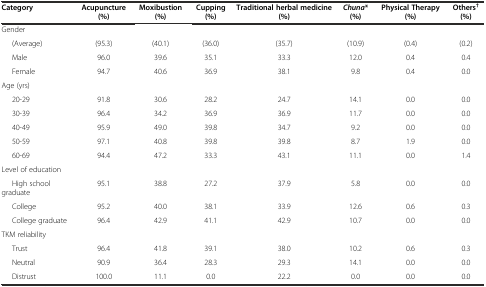
<table><thead><tr><td><b>Category</b></td><td><b>Acupuncture (%)</b></td><td><b>Moxibustion (%)</b></td><td><b>Cupping (%)</b></td><td><b>Traditional herbal medicine (%)</b></td><td><b><i>Chuna</i>* (%)</b></td><td><b>Physical Therapy (%)</b></td><td><b>Others<sup>†</sup> (%)</b></td></tr></thead><tbody><tr><td>Gender</td><td></td><td></td><td></td><td></td><td></td><td></td><td></td></tr><tr><td>(Average)</td><td>(95.3)</td><td>(40.1)</td><td>(36.0)</td><td>(35.7)</td><td>(10.9)</td><td>(0.4)</td><td>(0.2)</td></tr><tr><td>Male</td><td>96.0</td><td>39.6</td><td>35.1</td><td>33.3</td><td>12.0</td><td>0.4</td><td>0.4</td></tr><tr><td>Female</td><td>94.7</td><td>40.6</td><td>36.9</td><td>38.1</td><td>9.8</td><td>0.4</td><td>0.0</td></tr><tr><td>Age (yrs)</td><td></td><td></td><td></td><td></td><td></td><td></td><td></td></tr><tr><td>20-29</td><td>91.8</td><td>30.6</td><td>28.2</td><td>24.7</td><td>14.1</td><td>0.0</td><td>0.0</td></tr><tr><td>30-39</td><td>96.4</td><td>34.2</td><td>36.9</td><td>36.9</td><td>11.7</td><td>0.0</td><td>0.0</td></tr><tr><td>40-49</td><td>95.9</td><td>49.0</td><td>39.8</td><td>34.7</td><td>9.2</td><td>0.0</td><td>0.0</td></tr><tr><td>50-59</td><td>97.1</td><td>40.8</td><td>39.8</td><td>39.8</td><td>8.7</td><td>1.9</td><td>0.0</td></tr><tr><td>60-69</td><td>94.4</td><td>47.2</td><td>33.3</td><td>43.1</td><td>11.1</td><td>0.0</td><td>1.4</td></tr><tr><td>Level of education</td><td></td><td></td><td></td><td></td><td></td><td></td><td></td></tr><tr><td>High school graduate</td><td>95.1</td><td>38.8</td><td>27.2</td><td>37.9</td><td>5.8</td><td>0.0</td><td>0.0</td></tr><tr><td>College</td><td>95.2</td><td>40.0</td><td>38.1</td><td>33.9</td><td>12.6</td><td>0.6</td><td>0.3</td></tr><tr><td>College graduate</td><td>96.4</td><td>42.9</td><td>41.1</td><td>42.9</td><td>10.7</td><td>0.0</td><td>0.0</td></tr><tr><td>TKM reliability</td><td></td><td></td><td></td><td></td><td></td><td></td><td></td></tr><tr><td>Trust</td><td>96.4</td><td>41.8</td><td>39.1</td><td>38.0</td><td>10.2</td><td>0.6</td><td>0.3</td></tr><tr><td>Neutral</td><td>90.9</td><td>36.4</td><td>28.3</td><td>29.3</td><td>14.1</td><td>0.0</td><td>0.0</td></tr><tr><td>Distrust</td><td>100.0</td><td>11.1</td><td>0.0</td><td>22.2</td><td>0.0</td><td>0.0</td><td>0.0</td></tr></tbody></table>